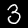
Digit: 3